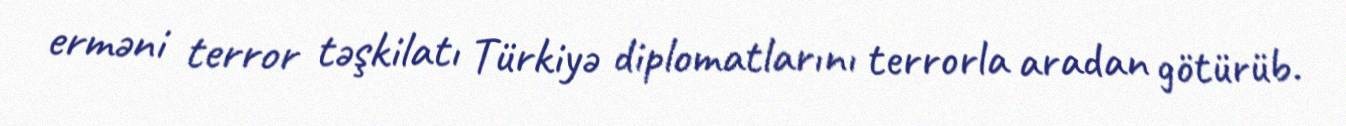
erməni terror təşkilatı Türkiyə diplomatlarını terrorla aradan götürüb.